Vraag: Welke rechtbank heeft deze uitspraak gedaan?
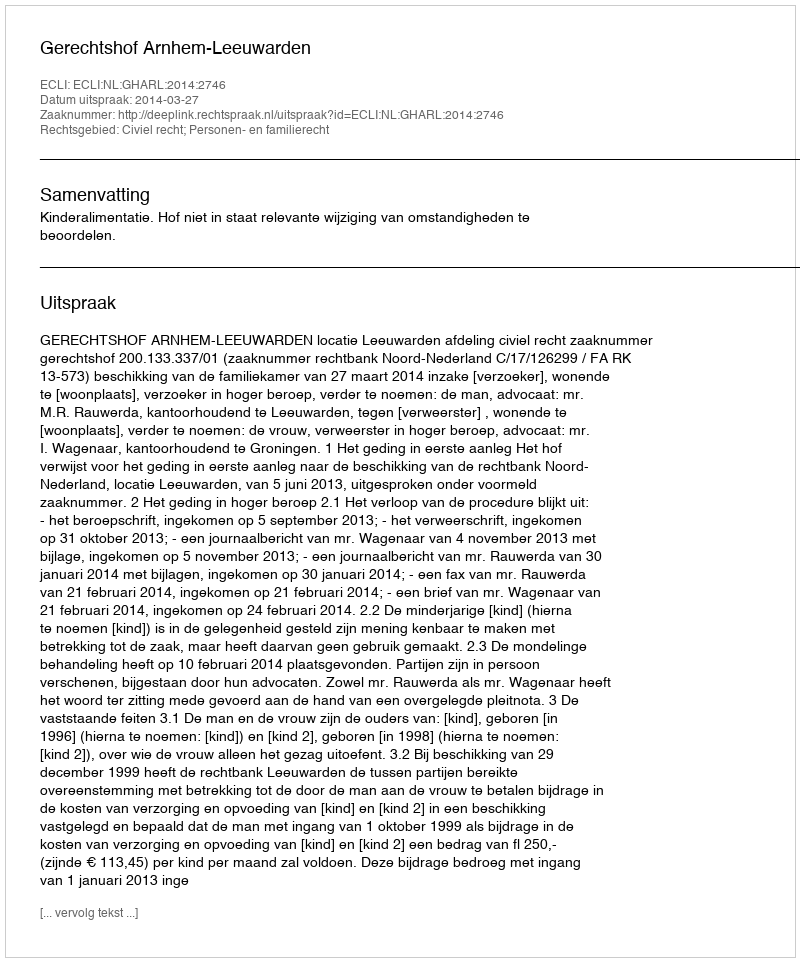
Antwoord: Gerechtshof Arnhem-Leeuwarden